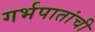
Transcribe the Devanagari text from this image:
गर्भपातांची